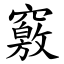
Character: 竅